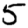
Digit: 5